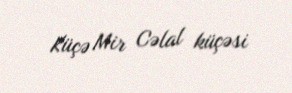
Küçə Mir Cəlal küçəsi